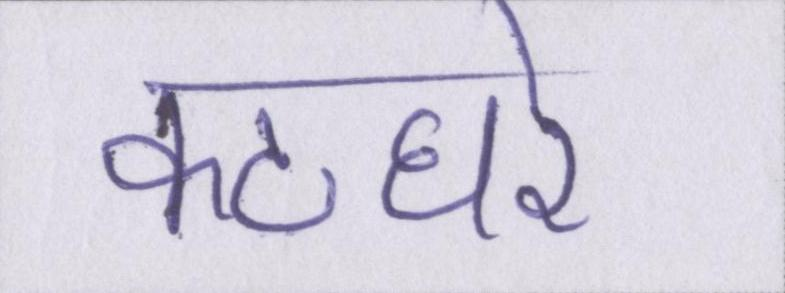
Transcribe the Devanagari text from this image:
कठघरे